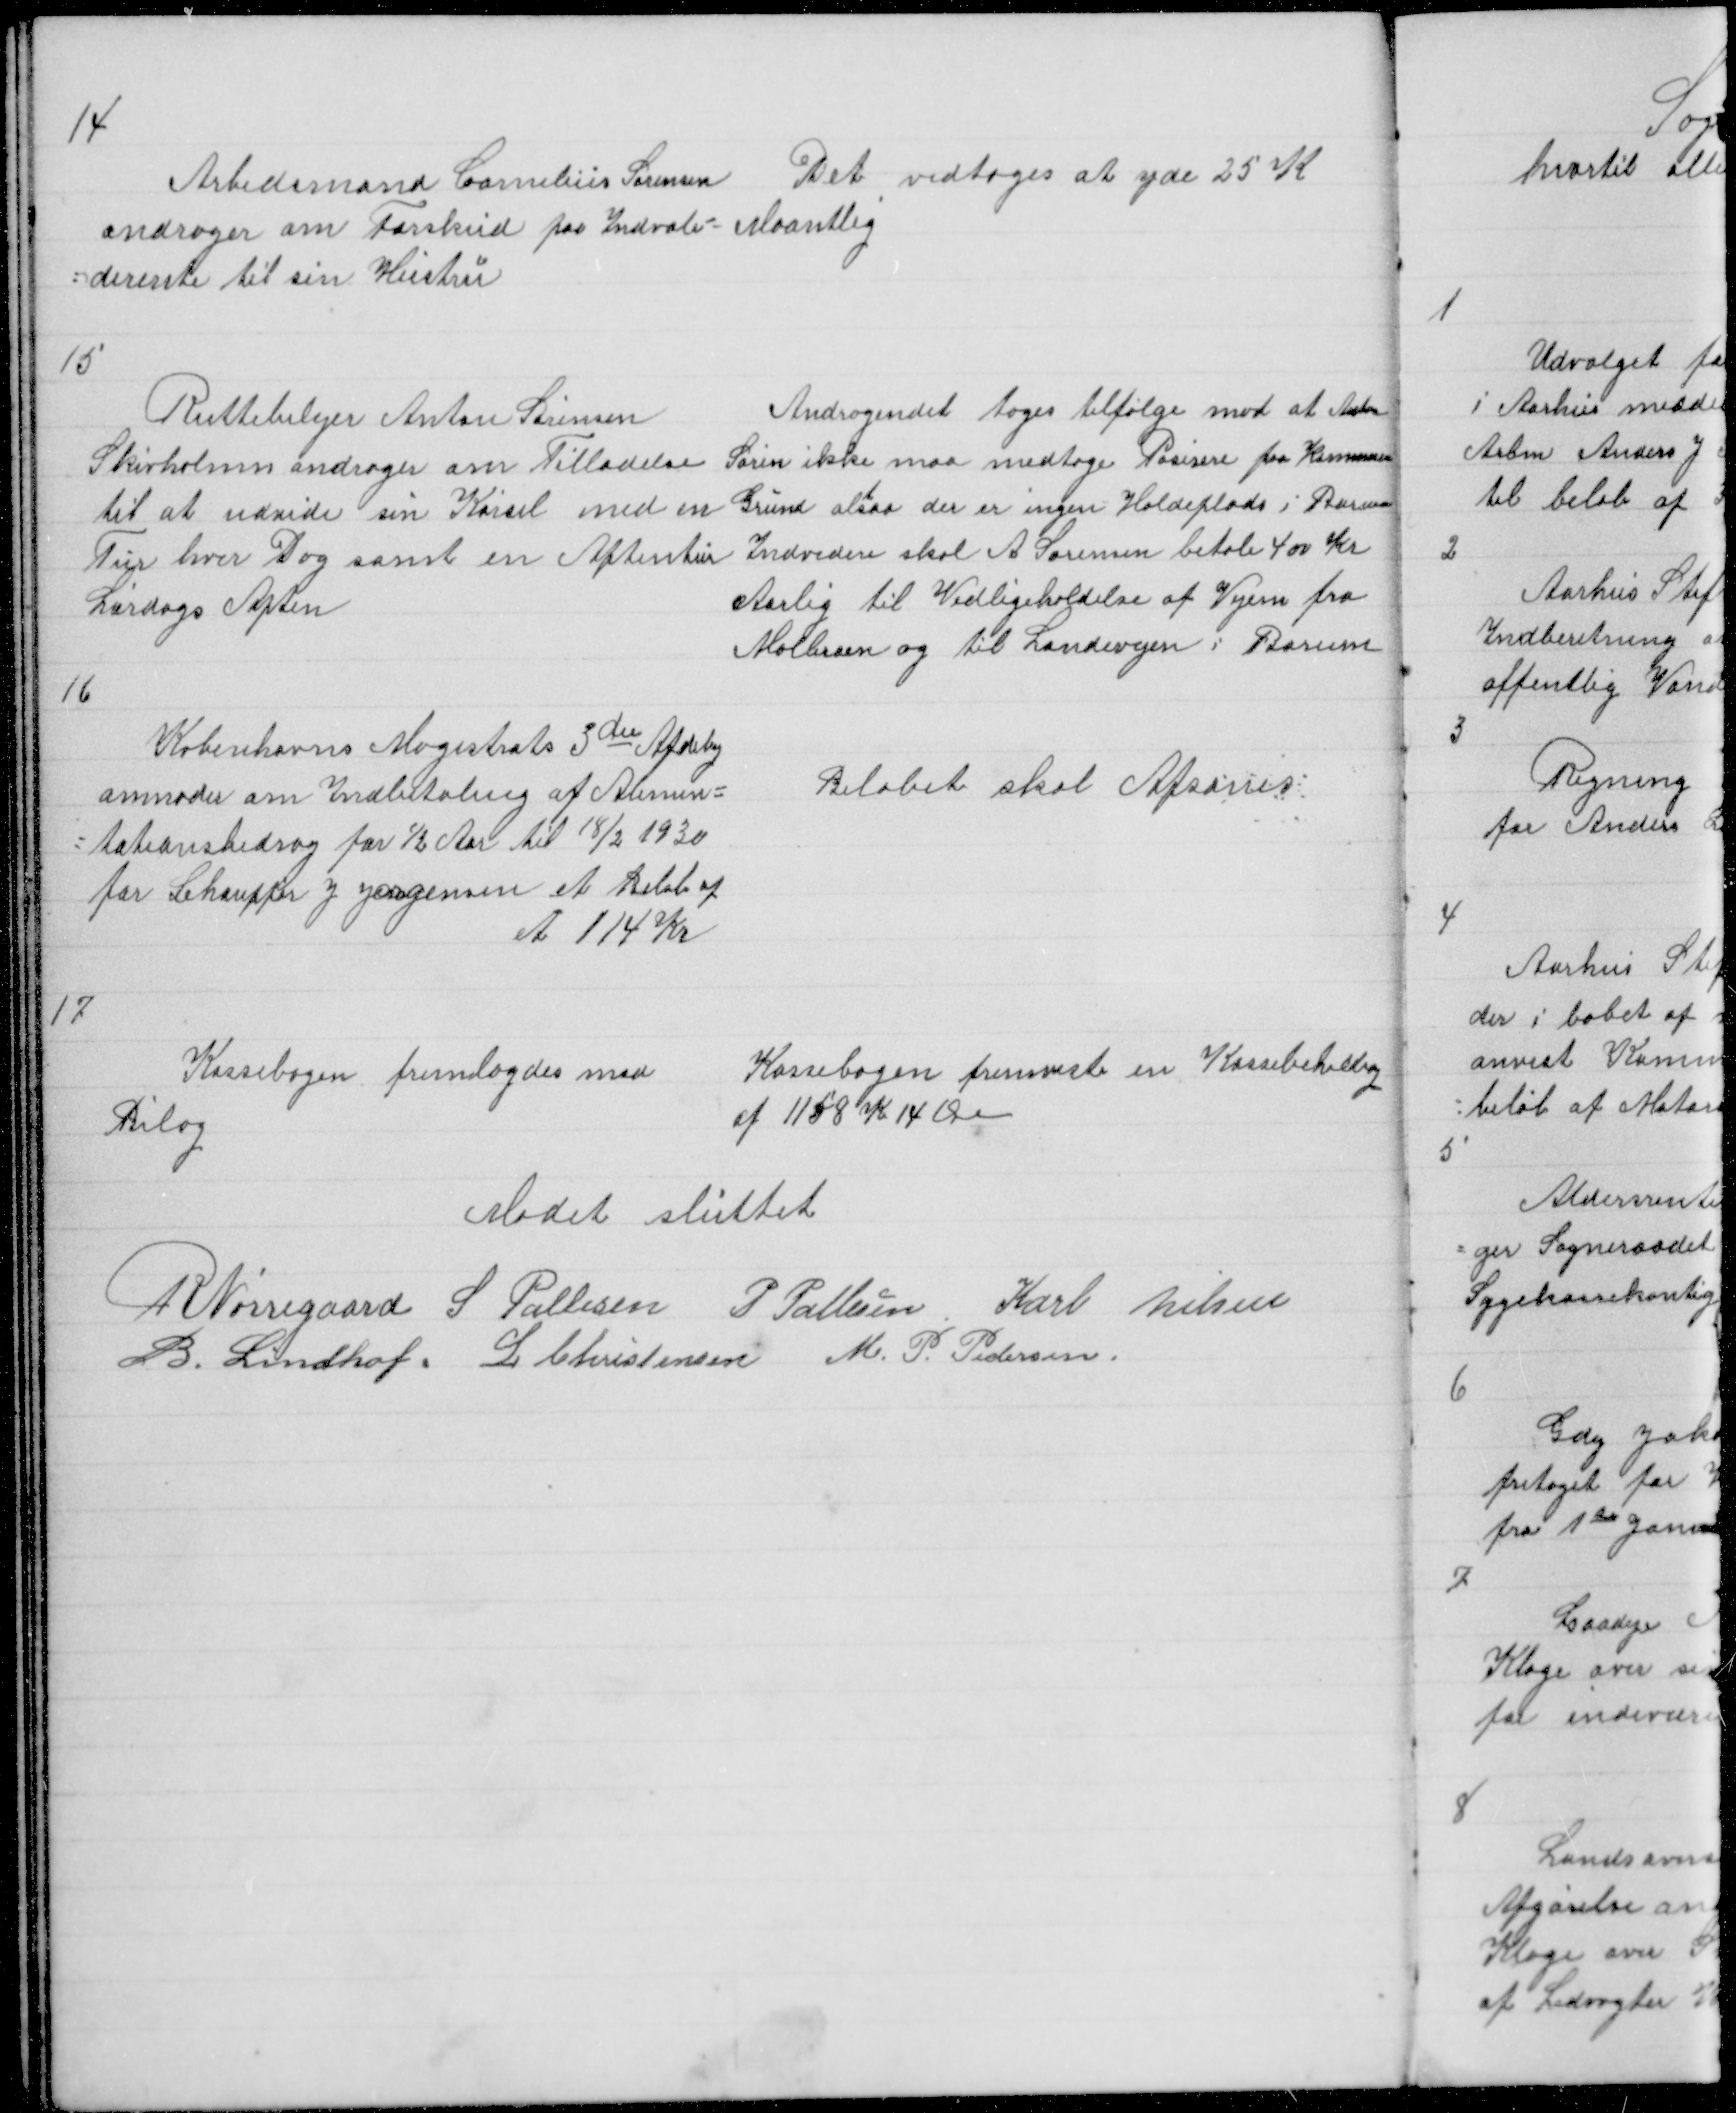
Transskription:
14

Arbedsmand Cornelius Sørensen
andrager om Forskud paa Indvali =
= derente til sin Hustru

Det vedtoges at yde 25 K
Maantlig

15

Ruttebilejer Anton Sørensen
Andragendet tages tilfølge mod at Anton
Skivholme andrager om Tilladelse Søren ikke maa medtage Pasesere fra Kommunens
til at udvide sin Kørsel med en Grund altsaa der er ingen Holdeplads i Borum
Tur hver dag samt en Aftentur Indvidere skal A Sørensen betale 400 Kr
Lørdags Aften
Aarlig til Vedligeholdelse af Vejen fra
Mølbroen og til Landevejen i Borum

16

Københavns Magistrats 3die Afdeling
anmoder om Indbetaling af Alimen =
= tationsbidrag for ½ Aar til 1872 1930
for Chauffør J Jørgensen et Beløb af
et 114 Kr

Beløbet skal Afsones

17

Kassebogen fremlagdes med
Bilag

Kassebogen fremviste en Kassebehollig
af 1158 Kr 14 Øre

Mødet sluttet

R Nørregaard S Pallesen P Pallesen Karl Nielsen
B. Lindhof. L Christensen M. P. Pedersen